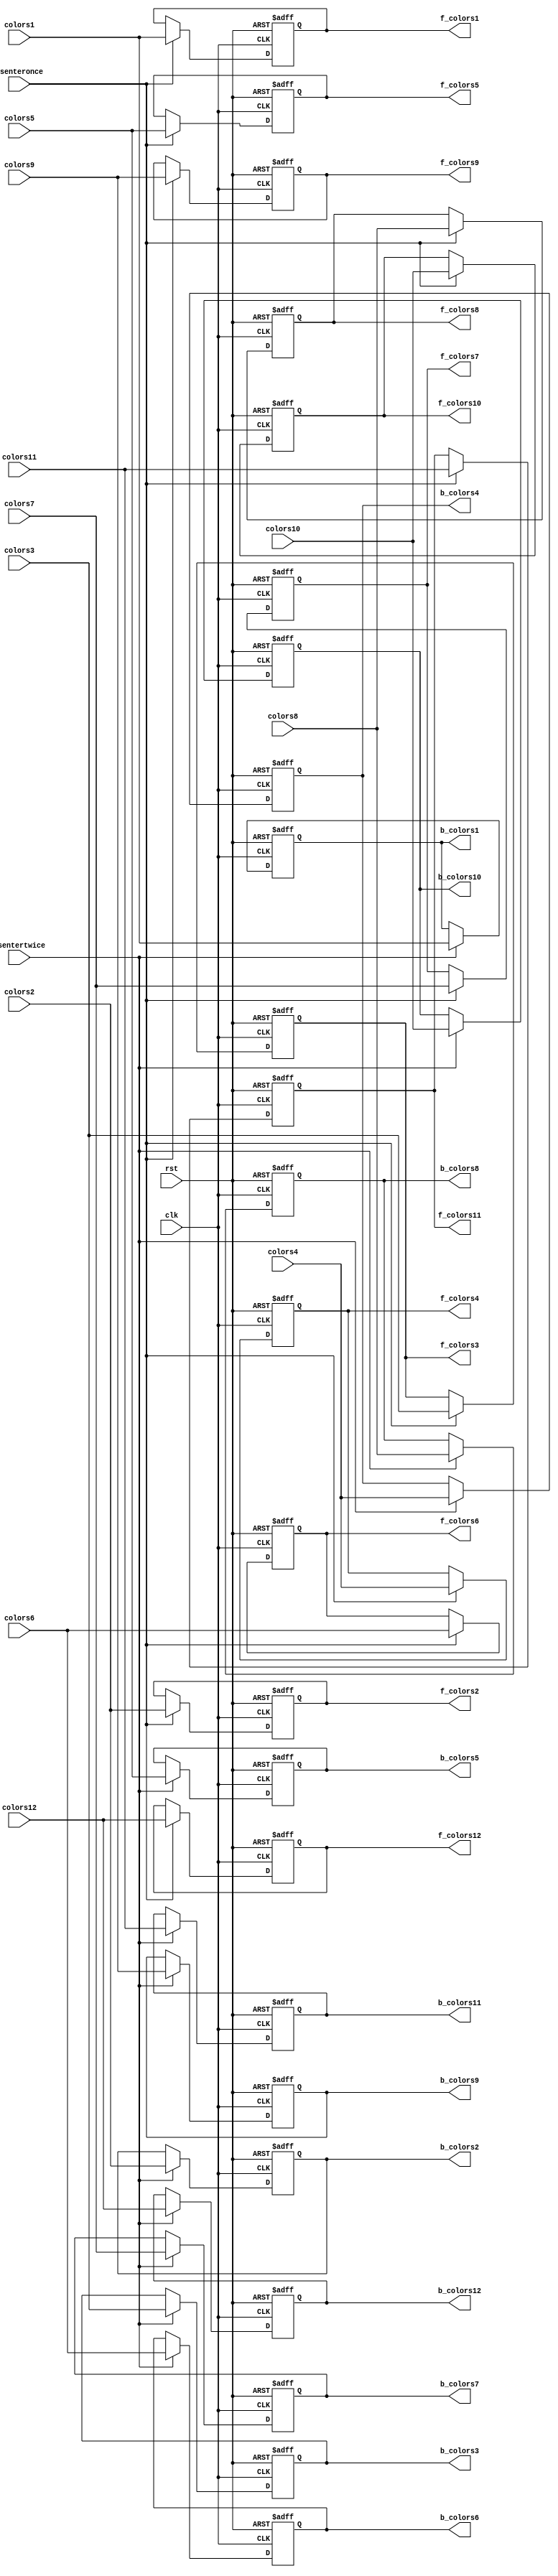
`define red 3'b000
`define green 3'b001
`define blue 3'b010
`define white 3'b011
`define orange 3'b100
`define yellow 3'b101
`define black 3'b110
module storecolor(colors1,colors2,colors3,colors4,colors5,colors6,colors7,colors8,colors9,colors10,colors11,colors12,
                f_colors1,f_colors2,f_colors3,f_colors4,f_colors5,f_colors6,f_colors7,f_colors8,f_colors9,f_colors10,f_colors11,f_colors12,
                b_colors1,b_colors2,b_colors3,b_colors4,b_colors5,b_colors6,b_colors7,b_colors8,b_colors9,b_colors10,b_colors11,b_colors12,
                isenteronce,isentertwice,rst,clk);
        input wire [11:0]colors1;
        input wire [11:0]colors2;
        input wire [11:0]colors3;
        input wire [11:0]colors4;
        input wire [11:0]colors5;
        input wire [11:0]colors6;
        input wire [11:0]colors7;
        input wire [11:0]colors8;
        input wire [11:0]colors9;
        input wire [11:0]colors10;
        input wire [11:0]colors11;
        input wire [11:0]colors12;

        input wire isenteronce;
        input wire isentertwice;
        input wire rst;
        input wire clk;

        output reg [11:0]f_colors1;
        output reg [11:0]f_colors2;
        output reg [11:0]f_colors3;
        output reg [11:0]f_colors4;
        output reg [11:0]f_colors5;
        output reg [11:0]f_colors6;
        output reg [11:0]f_colors7;
        output reg [11:0]f_colors8;
        output reg [11:0]f_colors9;
        output reg [11:0]f_colors10;
        output reg [11:0]f_colors11;
        output reg [11:0]f_colors12;

        output reg [11:0]b_colors1;
        output reg [11:0]b_colors2;
        output reg [11:0]b_colors3;
        output reg [11:0]b_colors4;
        output reg [11:0]b_colors5;
        output reg [11:0]b_colors6;
        output reg [11:0]b_colors7;
        output reg [11:0]b_colors8;
        output reg [11:0]b_colors9;
        output reg [11:0]b_colors10;
        output reg [11:0]b_colors11;
        output reg [11:0]b_colors12;


        reg [11:0]nextf_colors1;
        reg [11:0]nextf_colors2;
        reg [11:0]nextf_colors3;
        reg [11:0]nextf_colors4;
        reg [11:0]nextf_colors5;
        reg [11:0]nextf_colors6;
        reg [11:0]nextf_colors7;
        reg [11:0]nextf_colors8;
        reg [11:0]nextf_colors9;
        reg [11:0]nextf_colors10;
        reg [11:0]nextf_colors11;
        reg [11:0]nextf_colors12;

        reg [11:0]nextb_colors1;
        reg [11:0]nextb_colors2;
        reg [11:0]nextb_colors3;
        reg [11:0]nextb_colors4;
        reg [11:0]nextb_colors5;
        reg [11:0]nextb_colors6;
        reg [11:0]nextb_colors7;
        reg [11:0]nextb_colors8;
        reg [11:0]nextb_colors9;
        reg [11:0]nextb_colors10;
        reg [11:0]nextb_colors11;
        reg [11:0]nextb_colors12;

        /*wire [11:0]tmpcolor1,tmpcolor2,tmpcolor3,tmpcolor4,tmpcolor5,tmpcolor6,tmpcolor7,tmpcolor8,tmpcolor9,tmpcolor10,tmpcolor11,tmpcolor12;
        assign tmpcolor1=(color1==3'b000)?12'hf00:(color1==3'b001)?12'h0f0:(color1==3'b010)?12'h00f:(color1==3'b011)?12'hfff:(color1==3'b100)?12'hf90:(color1==3'b101)?12'hff0:0;
        assign tmpcolor2=(color2==3'b000)?12'hf00:(color2==3'b001)?12'h0f0:(color2==3'b010)?12'h00f:(color2==3'b011)?12'hfff:(color2==3'b100)?12'hf90:(color2==3'b101)?12'hff0:0;
        assign tmpcolor3=(color3==3'b000)?12'hf00:(color3==3'b001)?12'h0f0:(color3==3'b010)?12'h00f:(color3==3'b011)?12'hfff:(color3==3'b100)?12'hf90:(color3==3'b101)?12'hff0:0;
        assign tmpcolor4=(color4==3'b000)?12'hf00:(color4==3'b001)?12'h0f0:(color4==3'b010)?12'h00f:(color4==3'b011)?12'hfff:(color4==3'b100)?12'hf90:(color4==3'b101)?12'hff0:0;
        assign tmpcolor5=(color5==3'b000)?12'hf00:(color5==3'b001)?12'h0f0:(color5==3'b010)?12'h00f:(color5==3'b011)?12'hfff:(color5==3'b100)?12'hf90:(color5==3'b101)?12'hff0:0;
        assign tmpcolor6=(color6==3'b000)?12'hf00:(color6==3'b001)?12'h0f0:(color6==3'b010)?12'h00f:(color6==3'b011)?12'hfff:(color6==3'b100)?12'hf90:(color6==3'b101)?12'hff0:0;
        assign tmpcolor7=(color7==3'b000)?12'hf00:(color7==3'b001)?12'h0f0:(color7==3'b010)?12'h00f:(color7==3'b011)?12'hfff:(color7==3'b100)?12'hf90:(color7==3'b101)?12'hff0:0;
        assign tmpcolor8=(color8==3'b000)?12'hf00:(color8==3'b001)?12'h0f0:(color8==3'b010)?12'h00f:(color8==3'b011)?12'hfff:(color8==3'b100)?12'hf90:(color8==3'b101)?12'hff0:0;
        assign tmpcolor9=(color9==3'b000)?12'hf00:(color9==3'b001)?12'h0f0:(color9==3'b010)?12'h00f:(color9==3'b011)?12'hfff:(color9==3'b100)?12'hf90:(color9==3'b101)?12'hff0:0;
        assign tmpcolor10=(color10==3'b000)?12'hf00:(color10==3'b001)?12'h0f0:(color10==3'b010)?12'h00f:(color10==3'b011)?12'hfff:(color10==3'b100)?12'hf90:(color10==3'b101)?12'hff0:0;
        assign tmpcolor11=(color11==3'b000)?12'hf00:(color11==3'b001)?12'h0f0:(color11==3'b010)?12'h00f:(color11==3'b011)?12'hfff:(color11==3'b100)?12'hf90:(color11==3'b101)?12'hff0:0;
        assign tmpcolor12=(color12==3'b000)?12'hf00:(color12==3'b001)?12'h0f0:(color12==3'b010)?12'h00f:(color12==3'b011)?12'hfff:(color12==3'b100)?12'hf90:(color12==3'b101)?12'hff0:0;*/
       always@(posedge clk or posedge rst)begin
                if(rst)begin
                        f_colors1<=0;
                        f_colors2<=0;
                        f_colors3<=0;
                        f_colors4<=0;
                        f_colors5<=0;
                        f_colors6<=0;
                        f_colors7<=0;
                        f_colors8<=0;
                        f_colors9<=0;
                        f_colors10<=0;
                        f_colors11<=0;
                        f_colors12<=0;

                        b_colors1<=0;
                        b_colors2<=0;
                        b_colors3<=0;
                        b_colors4<=0;
                        b_colors5<=0;
                        b_colors6<=0;
                        b_colors7<=0;
                        b_colors8<=0;
                        b_colors9<=0;
                        b_colors10<=0;
                        b_colors11<=0;
                        b_colors12<=0;

                end
                else begin
                        f_colors1<=nextf_colors1;
                        f_colors2<=nextf_colors2;
                        f_colors3<=nextf_colors3;
                        f_colors4<=nextf_colors4;
                        f_colors5<=nextf_colors5;
                        f_colors6<=nextf_colors6;
                        f_colors7<=nextf_colors7;
                        f_colors8<=nextf_colors8;
                        f_colors9<=nextf_colors9;
                        f_colors10<=nextf_colors10;
                        f_colors11<=nextf_colors11;
                        f_colors12<=nextf_colors12;

                        b_colors1<=nextb_colors1;
                        b_colors2<=nextb_colors2;
                        b_colors3<=nextb_colors3;
                        b_colors4<=nextb_colors4;
                        b_colors5<=nextb_colors5;
                        b_colors6<=nextb_colors6;
                        b_colors7<=nextb_colors7;
                        b_colors8<=nextb_colors8;
                        b_colors9<=nextb_colors9;
                        b_colors10<=nextb_colors10;
                        b_colors11<=nextb_colors11;
                        b_colors12<=nextb_colors12;
                end
           
       end
       always@(*)
        begin
                nextf_colors1=(isenteronce)?colors1:f_colors1;
                nextf_colors2=(isenteronce)?colors2:f_colors2;
                nextf_colors3=(isenteronce)?colors3:f_colors3;
                nextf_colors4=(isenteronce)?colors4:f_colors4;
                nextf_colors5=(isenteronce)?colors5:f_colors5;
                nextf_colors6=(isenteronce)?colors6:f_colors6;
                nextf_colors7=(isenteronce)?colors7:f_colors7;
                nextf_colors8=(isenteronce)?colors8:f_colors8;
                nextf_colors9=(isenteronce)?colors9:f_colors9;
                nextf_colors10=(isenteronce)?colors10:f_colors10;
                nextf_colors11=(isenteronce)?colors11:f_colors11;
                nextf_colors12=(isenteronce)?colors12:f_colors12;

                nextb_colors1=(isentertwice)?colors1:b_colors1;
                nextb_colors2=(isentertwice)?colors2:b_colors2;
                nextb_colors3=(isentertwice)?colors3:b_colors3;
                nextb_colors4=(isentertwice)?colors4:b_colors4;
                nextb_colors5=(isentertwice)?colors5:b_colors5;
                nextb_colors6=(isentertwice)?colors6:b_colors6;
                nextb_colors7=(isentertwice)?colors7:b_colors7;
                nextb_colors8=(isentertwice)?colors8:b_colors8;
                nextb_colors9=(isentertwice)?colors9:b_colors9;
                nextb_colors10=(isentertwice)?colors10:b_colors10;
                nextb_colors11=(isentertwice)?colors11:b_colors11;
                nextb_colors12=(isentertwice)?colors12:b_colors12;

        end
        /*assign f_colors1=(isenteronce)?colors1:0;
        assign f_colors2=(isenteronce)?colors2:0;
        assign f_colors3=(isenteronce)?colors3:0;
        assign f_colors4=(isenteronce)?colors4:0;
        assign f_colors5=(isenteronce)?colors5:0;
        assign f_colors6=(isenteronce)?colors6:0;
        assign f_colors7=(isenteronce)?colors7:0;
        assign f_colors8=(isenteronce)?colors8:0;
        assign f_colors9=(isenteronce)?colors9:0;
        assign f_colors10=(isenteronce)?colors10:0;
        assign f_colors11=(isenteronce)?colors11:0;
        assign f_colors12=(isenteronce)?colors12:0;

        assign b_colors1=(isentertwice)?colors1:0;
        assign b_colors2=(isentertwice)?colors2:0;
        assign b_colors3=(isentertwice)?colors3:0;
        assign b_colors4=(isentertwice)?colors4:0;
        assign b_colors5=(isentertwice)?colors5:0;
        assign b_colors6=(isentertwice)?colors6:0;
        assign b_colors7=(isentertwice)?colors7:0;
        assign b_colors8=(isentertwice)?colors8:0;
        assign b_colors9=(isentertwice)?colors9:0;
        assign b_colors10=(isentertwice)?colors10:0;
        assign b_colors11=(isentertwice)?colors11:0;
        assign b_colors12=(isentertwice)?colors12:0;*/
endmodule